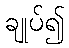
ချုပ်၍